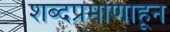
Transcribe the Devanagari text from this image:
शब्दप्रमाणाहून